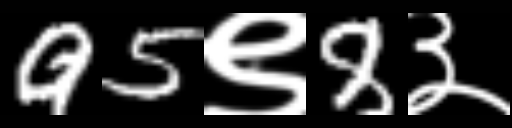
Text: 95९8३